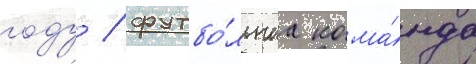
году / футбо́льнаа кома́нда